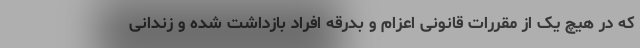
که در هیچ یک از مقررات قانونی اعزام و بدرقه افراد بازداشت شده و زندانی